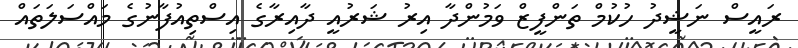
ރައީސް ނަޝީދު ހުކުމް ތަންފީޒް ވަމުންދާ އިރު ޝަރުއީ ދާއިރާގެ އިސްތިއުފާނުގެ މައްސަލަތައް